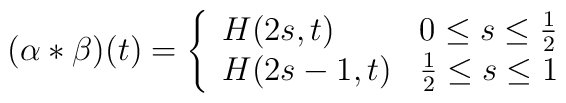
(\alpha \ast \beta) (t) = \left\{ \begin{array}{ll} H(2s,t) & \mbox{$0\leq s \leq {1\over 2}$ } \\ H(2s -1,t) & \mbox{${1\over 2}\leq s \leq 1$} \end{array}\right.